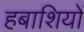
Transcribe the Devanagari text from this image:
हबाशियों